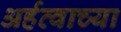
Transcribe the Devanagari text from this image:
अर्हत्वाच्या